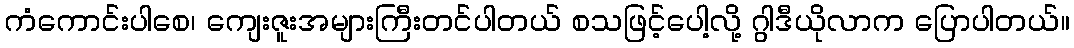
ကံကောင်းပါစေ၊ ကျေးဇူးအများကြီးတင်ပါတယ် စသဖြင့်ပေါ့လို့ ဂွါဒီယိုလာက ပြောပါတယ်။